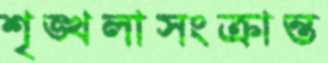
শৃঙ্খলাসংক্রান্ত